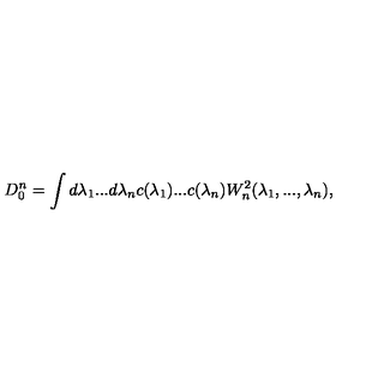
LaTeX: D _ { 0 } ^ { n } = \int d \lambda _ { 1 } . . . d \lambda _ { n } c ( \lambda _ { 1 } ) . . . c ( \lambda _ { n } ) W _ { n } ^ { 2 } ( \lambda _ { 1 } , . . . , \lambda _ { n } ) ,